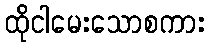
ထိုငါမေးသောစကား